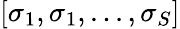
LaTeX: [\sigma_{1},\sigma_{1},...,\sigma_{S}]